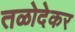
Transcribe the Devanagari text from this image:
तळोदेकर